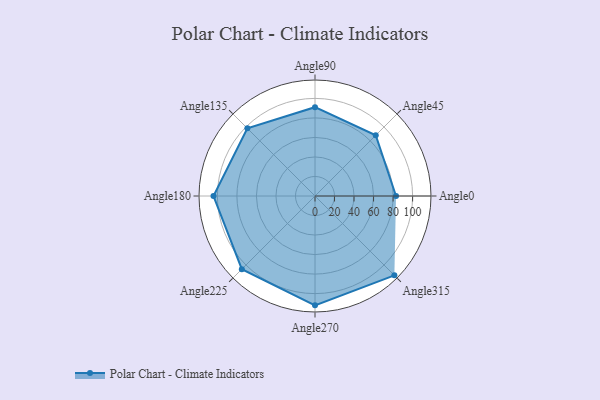
{"axis": {"x": "Angle", "y": "Radius"}, "legend": [""], "data": [{"x": "Angle0", "y": 83.0, "type": ""}, {"x": "Angle45", "y": 88.0, "type": ""}, {"x": "Angle90", "y": 91.0, "type": ""}, {"x": "Angle135", "y": 98.0, "type": ""}, {"x": "Angle180", "y": 104.0, "type": ""}, {"x": "Angle225", "y": 106.0, "type": ""}, {"x": "Angle270", "y": 112.0, "type": ""}, {"x": "Angle315", "y": 115.0, "type": ""}]}